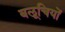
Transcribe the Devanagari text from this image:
बलूचियों